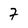
Character: 7